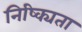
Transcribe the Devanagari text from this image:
निष्क्यिता